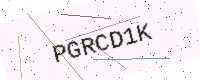
Text: PGRCD1K